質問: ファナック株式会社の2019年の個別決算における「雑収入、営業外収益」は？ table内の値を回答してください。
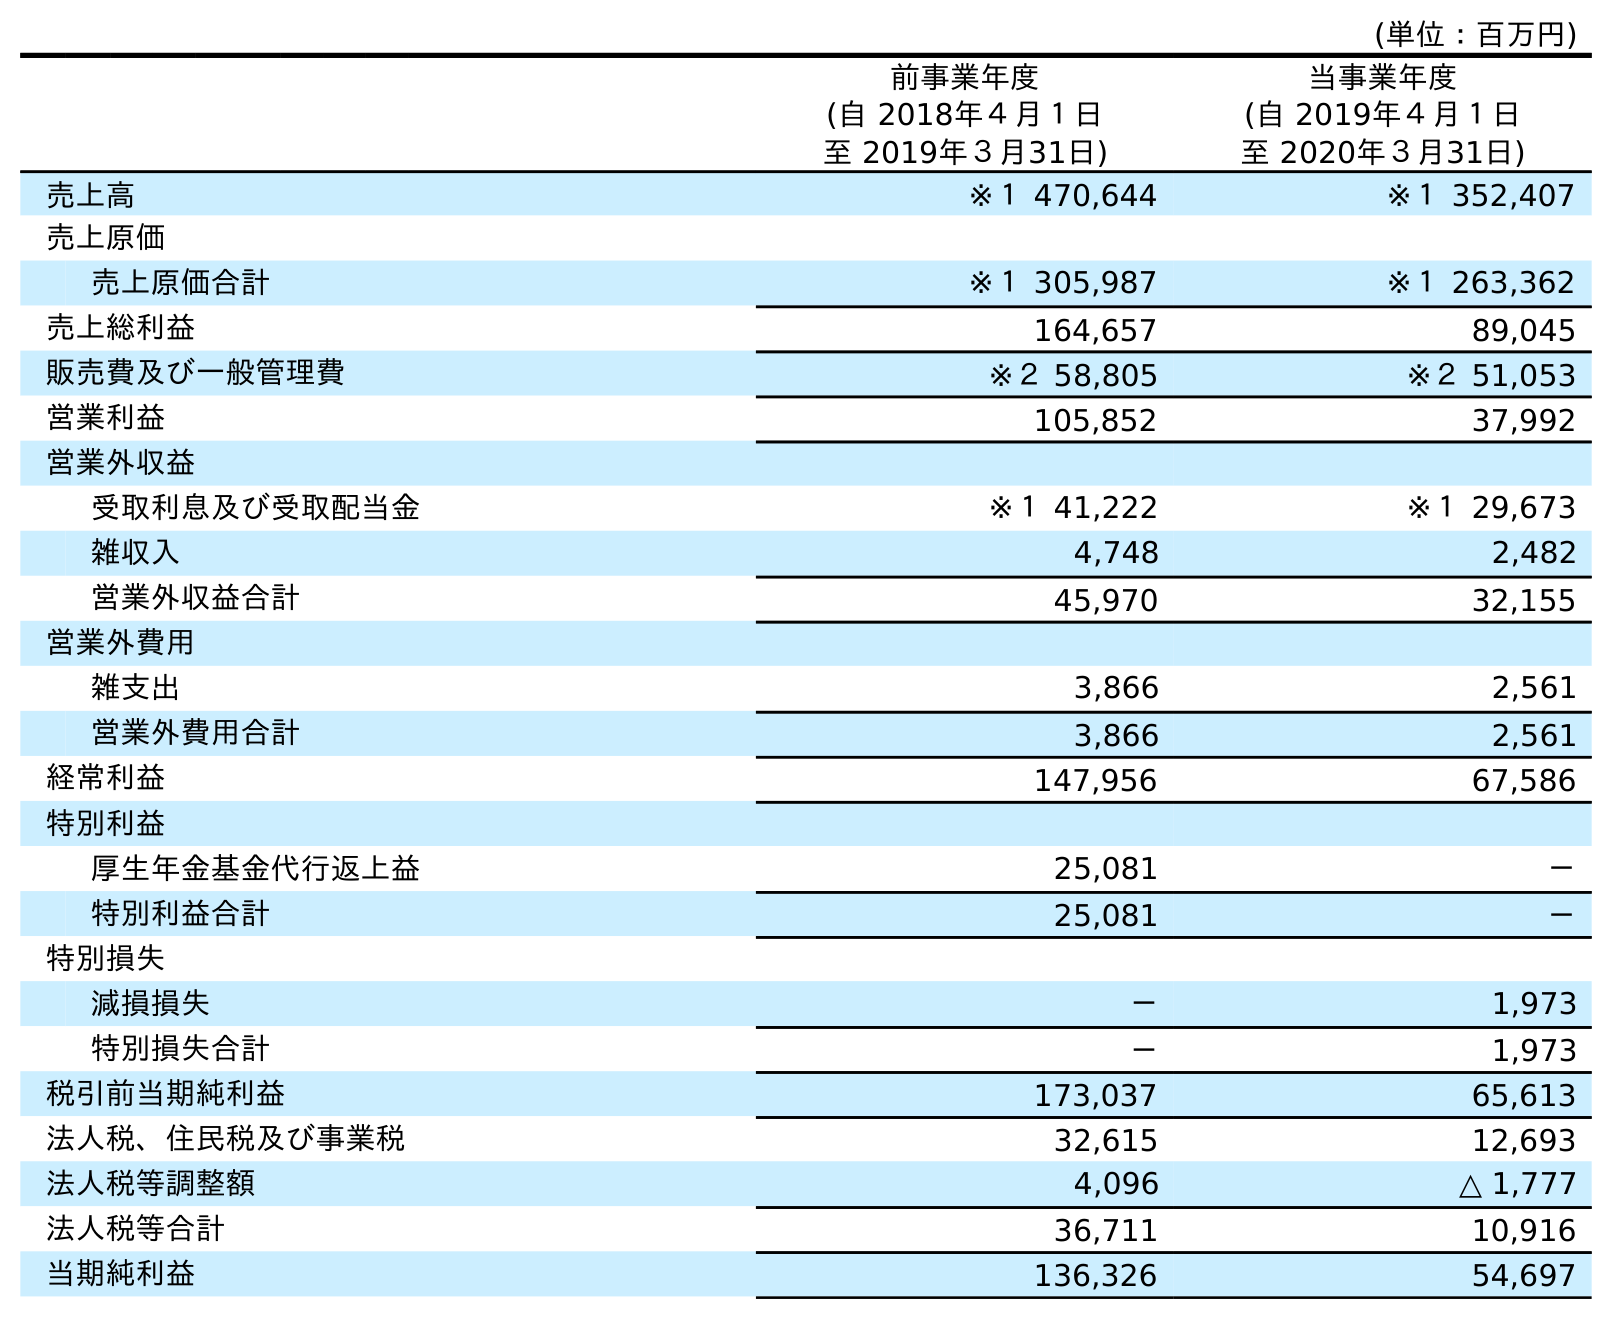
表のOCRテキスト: (単位：百万円) 前事業年度 (自 2018年４月１日 至 2019年３月31日) 当事業年度 (自 2019年４月１日 至 2020年３月31日) 売上高 ※１ 470,644 ※１ 352,407 売上原価 売上原価合計 ※１ 305,987 ※１ 263,362 売上総利益 164,657 89,045 販売費及び一般管理費 ※２ 58,805 ※２ 51,053 営業利益 105,852 37,992 営業外収益 受取利息及び受取配当金 ※１ 41,222 ※１ 29,673 雑収入 4,748 2,482 営業外収益合計 45,970 32,155 営業外費用 雑支出 3,866 2,561 営業外費用合計 3,866 2,561 経常利益 147,956 67,586 特別利益 厚生年金基金代行返上益 25,081 － 特別利益合計 25,081 － 特別損失 減損損失 － 1,973 特別損失合計 － 1,973 税引前当期純利益 173,037 65,613 法人税、住民税及び事業税 32,615 12,693 法人税等調整額 4,096 △ 1,777 法人税等合計 36,711 10,916 当期純利益 136,326 54,697
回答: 4,748